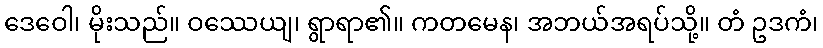
ဒေဝေါ၊ မိုးသည်။ ဝဿေယျ၊ ရွာရာ၏။ ကတမေန၊ အဘယ်အရပ်သို့။ တံ ဥဒကံ၊